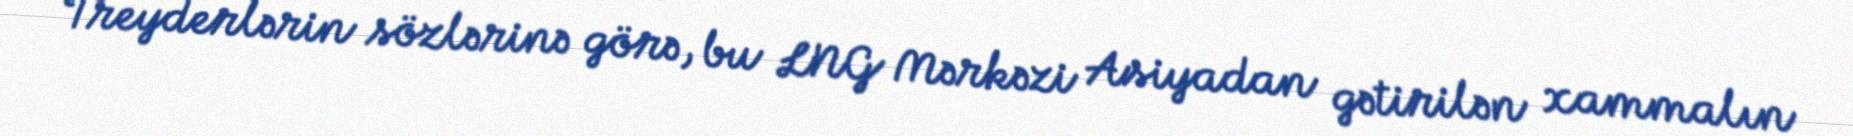
Treyderlərin sözlərinə görə, bu LNG Mərkəzi Asiyadan gətirilən xammalın